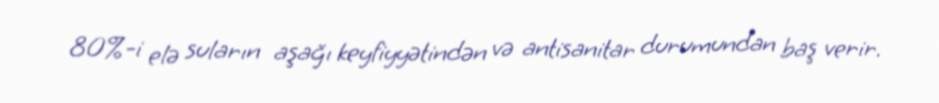
80%-i elə suların aşağı keyfiyyətindən və antisanitar durumundan baş verir.